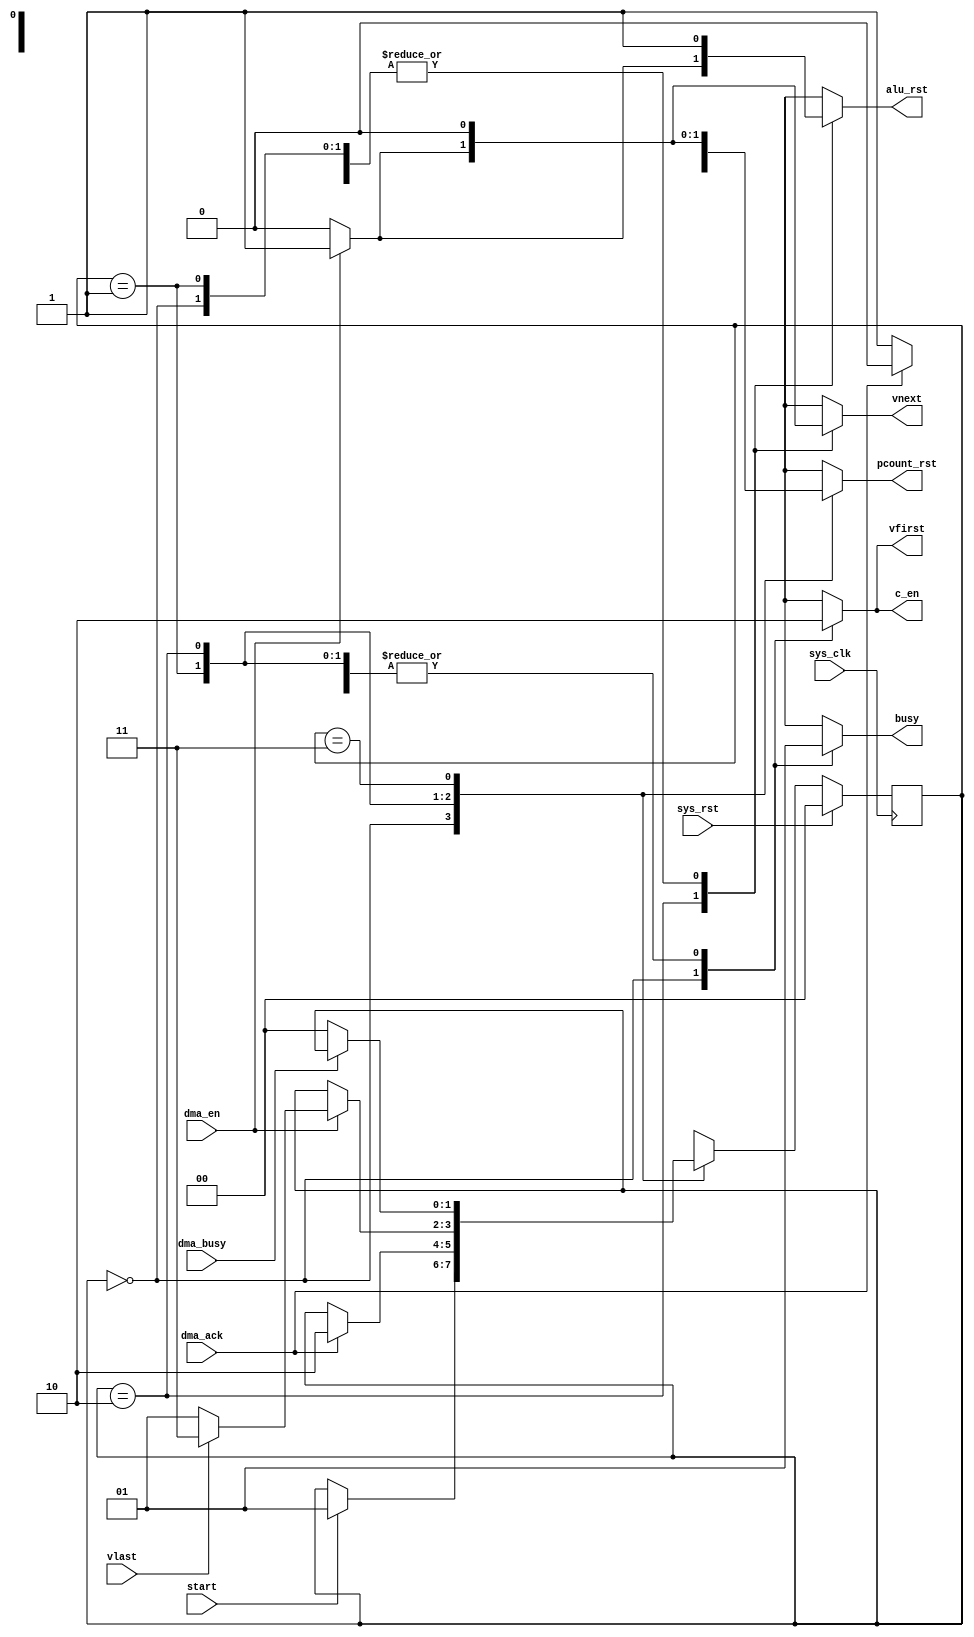
/*
 * Milkymist SoC
 * Copyright (C) 2007, 2008, 2009 Sebastien Bourdeauducq
 *
 * This program is free software: you can redistribute it and/or modify
 * it under the terms of the GNU General Public License as published by
 * the Free Software Foundation, version 3 of the License.
 *
 * This program is distributed in the hope that it will be useful,
 * but WITHOUT ANY WARRANTY; without even the implied warranty of
 * MERCHANTABILITY or FITNESS FOR A PARTICULAR PURPOSE.  See the
 * GNU General Public License for more details.
 *
 * You should have received a copy of the GNU General Public License
 * along with this program.  If not, see <http://www.gnu.org/licenses/>.
 */

module pfpu_seq(
	input sys_clk,
	input sys_rst,
	
	output reg alu_rst,
	
	input dma_en,
	input dma_busy,
	input dma_ack,
	
	output reg vfirst,
	output reg vnext,
	input vlast,
	
	output reg pcount_rst,
	output reg c_en,
	
	input start,
	output reg busy
);

reg [1:0] state;
reg [1:0] next_state;
parameter IDLE		= 2'd0;
parameter INIT		= 2'd1;
parameter RUNNING	= 2'd2;
parameter LASTDMA	= 2'd3;
always @(posedge sys_clk) begin
	if(sys_rst)
		state <= IDLE;
	else
		state <= next_state;
end

// synthesis translate_off
always @(posedge sys_clk) begin
	if(state == RUNNING) begin
		if(~dma_ack) begin
			$display("ERROR - Write queue acknowledge went DOWN during computation");
			$finish;
		end
	end
end
// synthesis translate_on

always @(*) begin
	next_state = state;
	
	busy = 1'b0;
	alu_rst = 1'b0;
	vfirst = 1'b0;
	vnext = 1'b0;
	
	pcount_rst = 1'b0;
	c_en = 1'b0;
	
	case(state)
		IDLE: begin
			alu_rst = 1'b1;
			pcount_rst = 1'b1;
			vfirst = 1'b1;
			c_en = 1'b1;
			if(start)
				next_state = INIT;
		end
		INIT: begin /* fetch isn 0 */
			busy = 1'b1;
			alu_rst = 1'b1;
			pcount_rst = 1'b1;
			if(dma_ack) begin
				/* we will be able to send immediately our word
				 * to the DMA engine - carry on.
				 */
				pcount_rst = 1'b0;
				next_state = RUNNING;
			end
		end
		RUNNING: begin
			busy = 1'b1;
			if(dma_en) begin
				pcount_rst = 1'b1;
				alu_rst = 1'b1;
				vnext = 1'b1;
				if(vlast)
					next_state = LASTDMA;
				else
					next_state = INIT;
			end
		end
		LASTDMA: begin
			busy = 1'b1;
			alu_rst = 1'b1;
			if(~dma_busy)
				next_state = IDLE;
		end
	endcase
end

endmodule